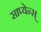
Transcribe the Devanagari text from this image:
साप्येन्स्